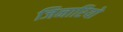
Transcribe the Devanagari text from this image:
जिनारियो